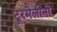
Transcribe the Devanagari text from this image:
टूरमैलीनों